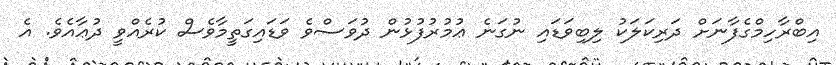
އިބްރާހިމްގެފާނަށް ދަރިކަލަކު ލިބިވަޑައި ނުގަނެ ޢުމުރުފުޅުން ދުވަސްވެ ވަޑައިގަތީމާވެސް ކުރެއްވީ ދުޢާއެވެ. އެ